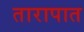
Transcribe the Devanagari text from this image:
तारापात